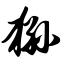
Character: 狲